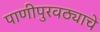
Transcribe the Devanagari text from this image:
पाणीपुरवठ्याचे